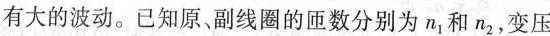
有大的波动。已知原、副线圈的匝数分别为n1和n2，变压